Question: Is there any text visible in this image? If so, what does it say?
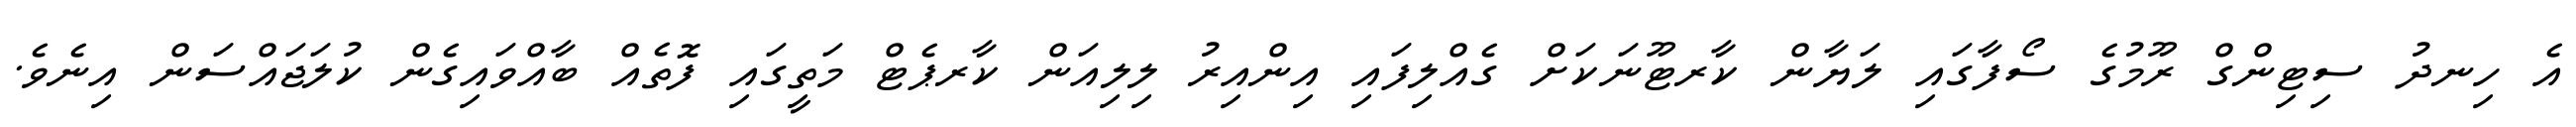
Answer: އެ ހިނދު ސިޓިންގް ރޫމުގެ ސޯފާގައި ލަޔާން ކާރޓޫނަކަށް ގެއްލިފައި އިންއިރު ލިލިއަން ކާރޕެޓް މަތީގައި ފޮތެއް ބާއްވައިގެން ކުލަޖައްސަން އިނެވެ.